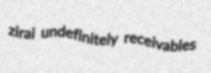
zirai undefinitely receivables